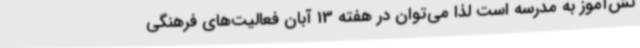
نش‌آموز به مدرسه است لذا می‌توان در هفته 13 آبان فعالیت‌های فرهنگی